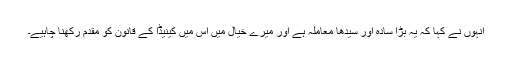
انہوں نے کہا کہ یہ بڑا سادہ اور سیدھا معاملہ ہے اور میرے خیال میں اس میں کینیڈا کے قانون کو مقدم رکھنا چاہیے۔